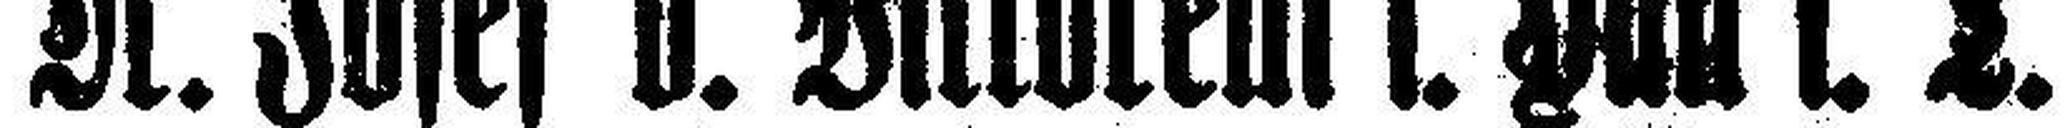
Dr. Josef v. Vittorelli i. Hall i. T.